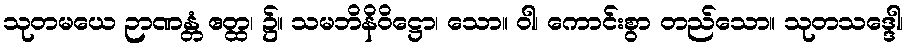
သုတမယေ ဉာဏန္တံ ဧတ္ထ၊ ၌။ သမဘိနိဝိဋ္ဌော၊ သော။ ဝါ၊ ကောင်းစွာ တည်သော။ သုတသဒ္ဒေါ၊